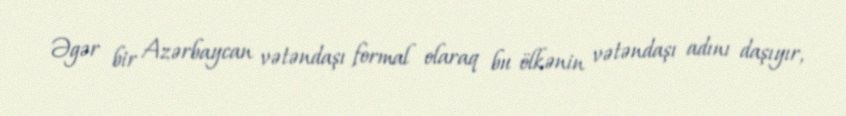
Əgər bir Azərbaycan vətəndaşı formal olaraq bu ölkənin vətəndaşı adını daşıyır,